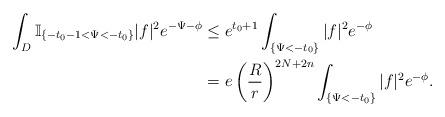
LaTeX: \begin{align*} \int_D\mathbb{I}_{\{-t_0-1<\Psi<-t_0\}}|f|^2e^{-\Psi-\phi}&\leq e^{t_0+1}\int_{\{\Psi<-t_0\}}|f|^2e^{-\phi}\\ &=e\left(\frac{R}{r}\right)^{2N+2n}\int_{\{\Psi<-t_0\}}|f|^2e^{-\phi}. \end{align*}